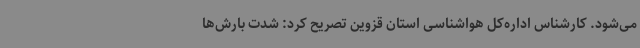
می‌شود. کارشناس اداره‌کل هواشناسی استان قزوین تصریح کرد: شدت بارش‌ها